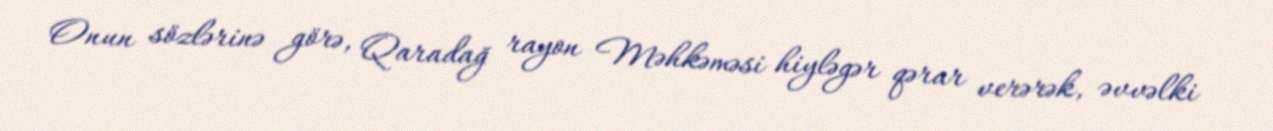
Onun sözlərinə görə, Qaradağ rayon Məhkəməsi hiyləgər qərar verərək, əvvəlki